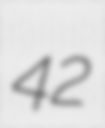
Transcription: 42